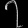
Digit: ၇